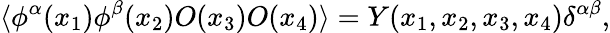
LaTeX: \langle\phi^{\alpha}(x_{1})\phi^{\beta}(x_{2})O(x_{3})O(x_{4})\rangle=Y(x_{1},x_{2},x_{3},x_{4})\delta^{\alpha\beta},